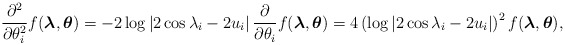
\begin{align*} \frac{\partial^{2}}{\partial \theta^{2}_{i}} f(\boldsymbol{\lambda},\boldsymbol{\theta }) = -2\log\left|2\cos\lambda_{i}-2u_{i}\right|\frac{\partial}{\partial \theta_{i}} f(\boldsymbol{\lambda},\boldsymbol{\theta}) = 4 \left(\log\left|2\cos\lambda_{i}-2u_{i}\right|\right)^{2} f(\boldsymbol{\lambda},\boldsymbol{\theta}), \end{align*}